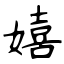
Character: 嬉